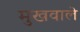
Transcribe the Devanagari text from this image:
मुखवाले